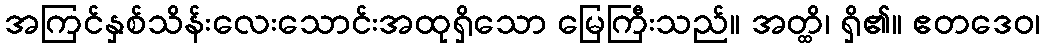
အကြင်နှစ်သိန်းလေးသောင်းအထုရှိသော မြေကြီးသည်။ အတ္ထိ၊ ရှိ၏။ ဧတဒေဝ၊